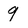
Character: 9